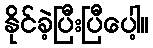
နိုင်ခဲ့ပြီးပြီပေါ့။